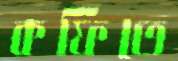
কফিতে